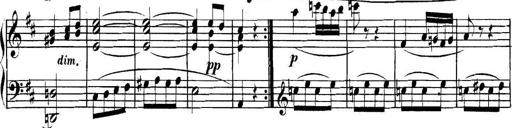
Title: Collected Piano Sonatas
Composer: Muzio Clementi